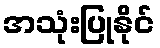
အသုံးပြုနိုင်